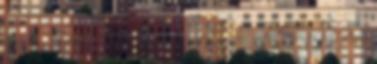
verzió. : TrueY: Azért nem ugrottam, mert ravaszul zenei